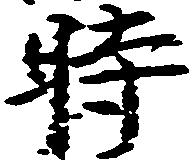
時